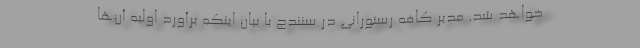
خواهد شد. مدیر کافه رستورانی در سنندج با بیان اینکه برآورد اولیه آن‌ها